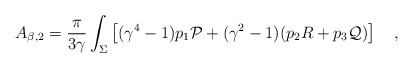
\begin{align*}A_{\beta,2}={\pi \over 3\gamma}\int_{\Sigma}\left[(\gamma^4-1)p_1 {\cal P}+(\gamma^2-1)(p_2 R+p_3 {\cal Q})\right]~~~,\end{align*}